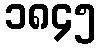
၁၈၄၅